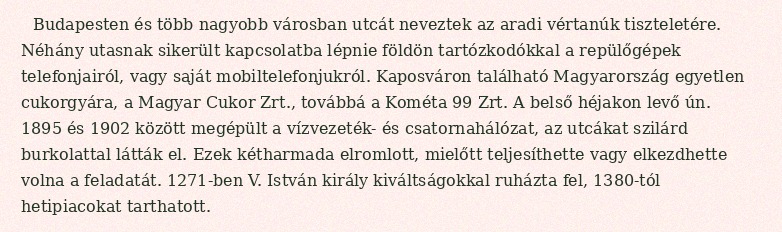
Budapesten és több nagyobb városban utcát neveztek az aradi vértanúk tiszteletére. Néhány utasnak sikerült kapcsolatba lépnie földön tartózkodókkal a repülőgépek telefonjairól, vagy saját mobiltelefonjukról. Kaposváron található Magyarország egyetlen cukorgyára, a Magyar Cukor Zrt., továbbá a Kométa 99 Zrt. A belső héjakon levő ún. 1895 és 1902 között megépült a vízvezeték- és csatornahálózat, az utcákat szilárd burkolattal látták el. Ezek kétharmada elromlott, mielőtt teljesíthette vagy elkezdhette volna a feladatát. 1271-ben V. István király kiváltságokkal ruházta fel, 1380-tól hetipiacokat tarthatott.